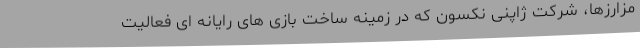
مزارزها، شرکت ژاپنی نکسون که در زمینه ساخت بازی های رایانه ای فعالیت